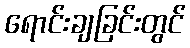
ရောင်းချခြင်းတွင်